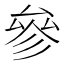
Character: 參